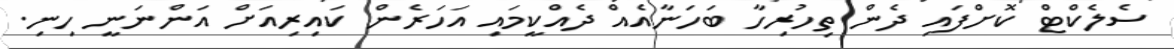
ސެލެކްޓް ކޮށްފައި ދެން ތިހުރިހާ ބަހަނާއެއް ދެއްކީމައި އަހަރެން ކައިރިއަށް އަންނަނީ ހިނި.